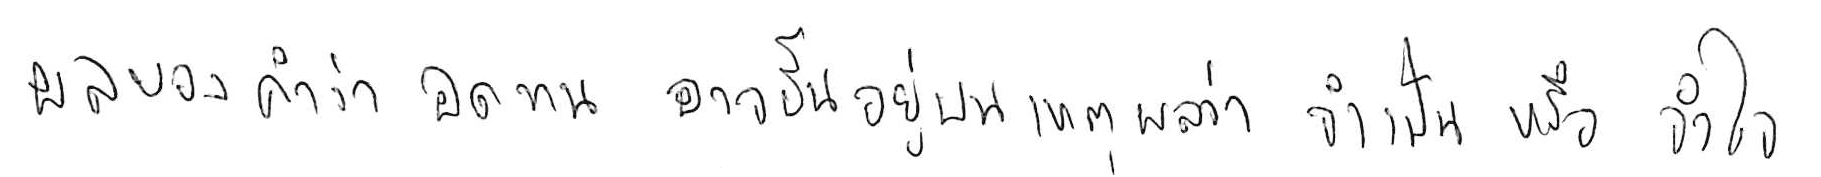
ผลของคำว่า อดทน อาจขึ้นอยู่บนเหตุผลว่า จำเป็น หรือ จำใจ